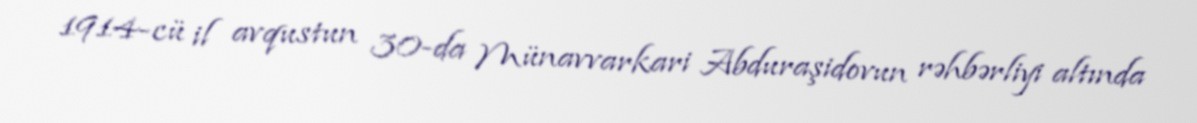
1914-cü il avqustun 30-da Münavvarkari Abduraşidovun rəhbərliyi altında